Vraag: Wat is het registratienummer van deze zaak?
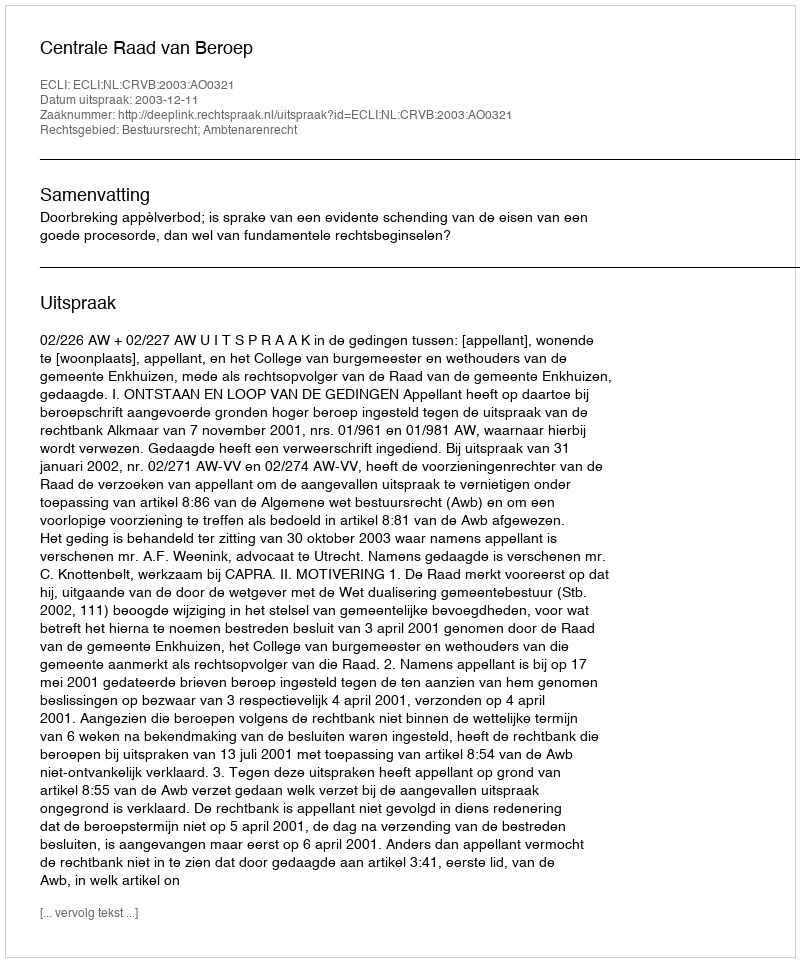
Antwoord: http://deeplink.rechtspraak.nl/uitspraak?id=ECLI:NL:CRVB:2003:AO0321